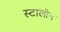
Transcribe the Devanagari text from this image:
स्टालोन